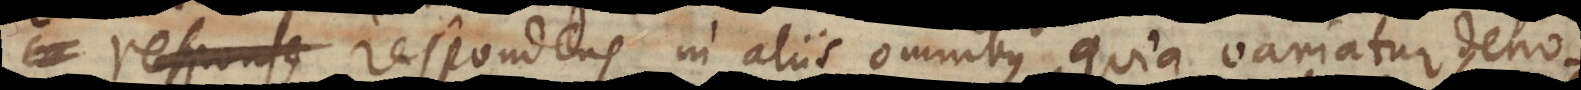
respondens in aliis omnibus, quia variatur deno